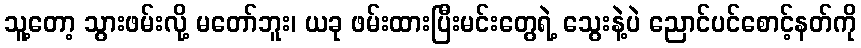
သူ့တော့ သွားဖမ်းလို့ မတော်ဘူး၊ ယခု ဖမ်းထားပြီးမင်းတွေရဲ့ သွေးနဲ့ပဲ ညောင်ပင်စောင့်နတ်ကို